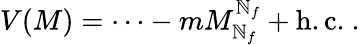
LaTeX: V(M)={\cdots}-mM_{\mathbb{N}_{f}}^{\mathbb{N}_{f}}+\mathrm{{h.c.}}\ .